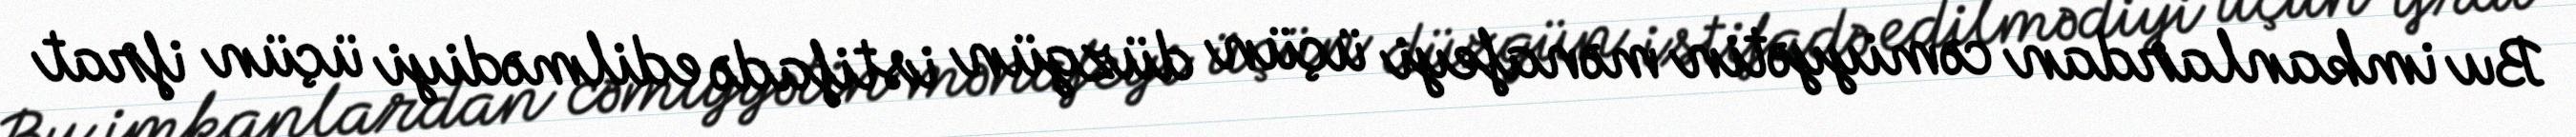
Bu imkanlardan cəmiyyətin mənafeyi üçün düzgün istifadə edilmədiyi üçün ifrat